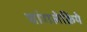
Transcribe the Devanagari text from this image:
चांगलेक्रिये